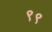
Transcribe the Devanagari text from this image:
९९